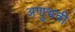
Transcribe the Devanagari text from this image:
अणुभवी